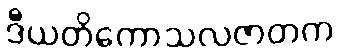
ဒီယတိကောသလဇာတက